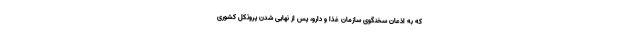
که به اذعان سخنگوی سازمان غذا و دارو، پس از نهایی شدن پروتکل کشوری